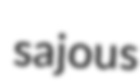
sajous